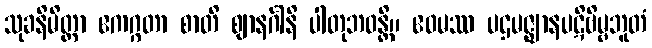
သုခနိမိတ္တာ ဧကဂ္ဂတာ စာတိ ဈာနင်္ဂါနိ ပါတုဘဝန္တိ။ ဧဝမဿ ပဌမဇ္ဈာနပဋိဗိမ္ဗဘူတံ